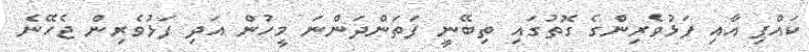
ކައްޕި އާއި ފަޅުވެރިންގެ ގޮތުގައި ތިބޭނީ ފަތަންދަންނަ މީހުން އަދި ފަޅުވެރިން ޖެހޭނެ